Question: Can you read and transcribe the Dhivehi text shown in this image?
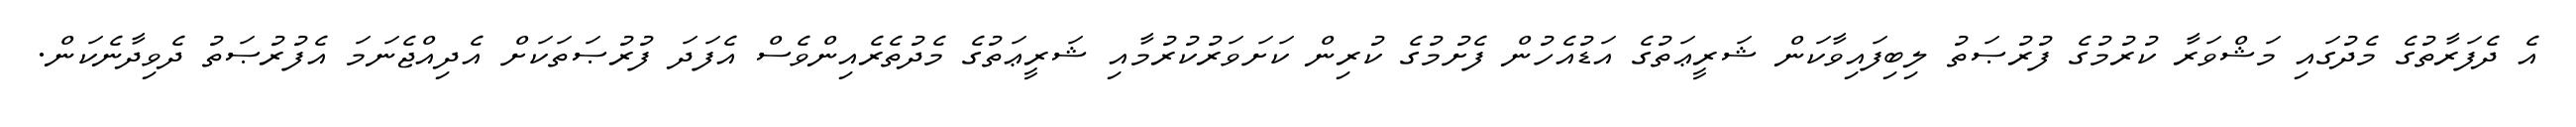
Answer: އެ ދެފަރާތުގެ މެދުގައި މަޝްވަރާ ކުރުމުގެ ފުރުޞަތު ލިބިފައިވާކަން ޝަރީޢަތުގެ އަޑުއެހުން ފެށުމުގެ ކުރިން ކަށަވަރުކުރުމާއި ޝަރީޢަތުގެ މެދުތެރެއިންވެސް އެފަދަ ފުރުޞަތަކަށް އެދިއްޖެނަމަ އެފުރުޞަތު ދެވިދާނެކަން.